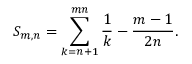
S _ { m , n } = \sum _ { k = n + 1 } ^ { m n } \frac { 1 } { k } - \frac { m - 1 } { 2 n } .